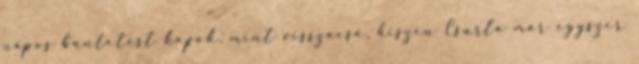
napos büntetést kapok, mint visszaeső, hiszen Csurla már egyszer